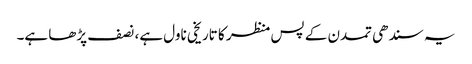
یہ سندھی تمدن کے پس منظر کا تاریخی ناول ہے، نصف پڑھا ہے۔